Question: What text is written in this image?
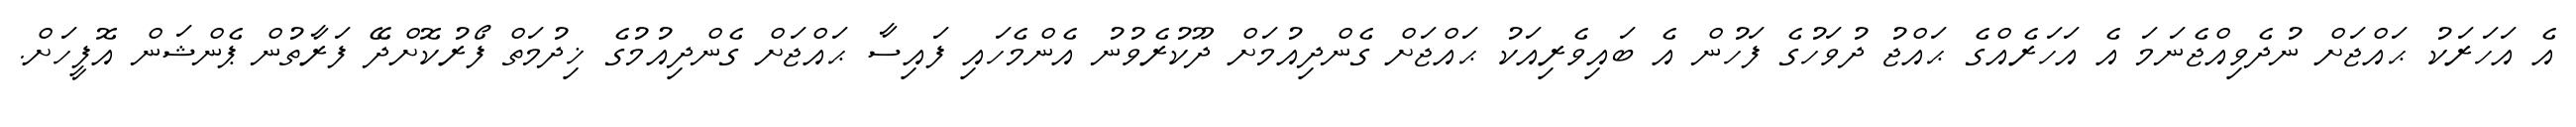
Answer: އެ އަހަރަކު ޙައްޖަށް ނުދެވިއްޖެނަމަ އެ އަހަރެއްގެ ޙައްޖު ދުވަހުގެ ފަހުން އެ ބައިވެރިއަކު ޙައްޖަށް ގެންދިއުމަށް ދޫކުރެވުނު އެންމެހައި ފައިސާ ޙައްޖަށް ގެންދިއުމުގެ ޚިދުމަތް ފޯރުކޮށްދޭ ފަރާތުން ޕެންޝަން އޮފީހަށް.